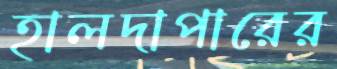
হালদাপারের